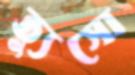
ত্যুসো